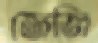
জেজি